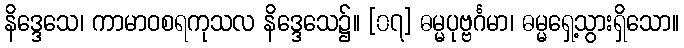
နိဒ္ဒေသေ၊ ကာမာဝစရကုသလ နိဒ္ဒေသေ၌။ [၀၇] ဓမ္မပုဗ္ဗင်္ဂမာ၊ ဓမ္မရှေ့သွားရှိသော။